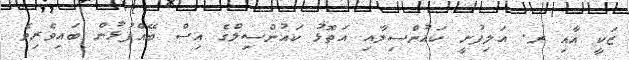
ޒަކީ އާއި ރ. އަލިފުށީ ކައުންސިލާއި އަތޮޅު ކައުންސިލްގެ އިސް ބޭއްފުޅުން ބައިވެރިވެ